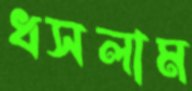
ধসলাম